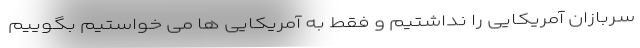
سربازان آمریکایی را نداشتیم و فقط به آمریکایی ها می خواستیم بگوییم